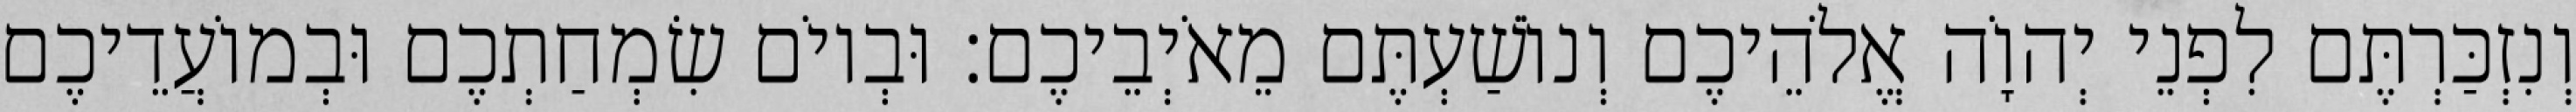
וְנִזְכַּרְתֶּם לִפְנֵי יְהוָֹה אֱלֹהֵיכֶם וְנוֹשַׁעְתֶּם מֵאֹיְבֵיכֶם׃ וּבְיוֹם שִׂמְחַתְכֶם וּבְמוֹעֲדֵיכֶם